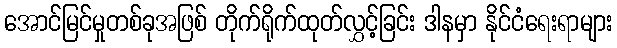
အောင်မြင်မှုတစ်ခုအဖြစ် တိုက်ရိုက်ထုတ်လွှင့်ခြင်း ဒါနမှာ နိုင်ငံရေးရာများ